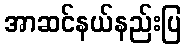
အာဆင်နယ်နည်းပြ